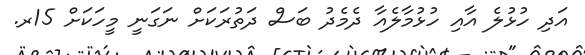
އަދި ހުޅުލެ އާއި ހުޅުމާލެއާ ދެމެދު ބަސް ދަތުރަކަށް ނަގަނީ މީހަކަށް 15ރ.